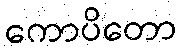
ကောပိတော